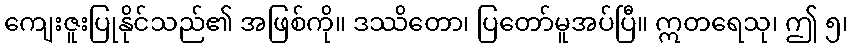
ကျေးဇူးပြုနိုင်သည်၏ အဖြစ်ကို။ ဒဿိတော၊ ပြတော်မူအပ်ပြီ။ ဣတရေသု၊ ဤ ၅၊